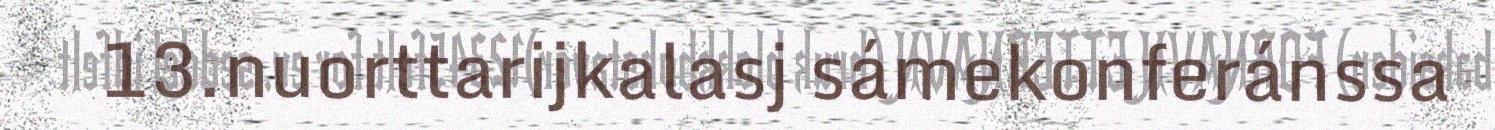
13.nuorttarijkalasj sámekonferánssa